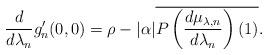
LaTeX: \begin{align*} \frac{d}{d\lambda_n}g_n'(0, 0) = \rho - |\alpha| \overline{P\left(\frac{d\mu_{\lambda,n}}{d\lambda_n}\right)(1)}.\end{align*}